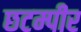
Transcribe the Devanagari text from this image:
छटम्पीर